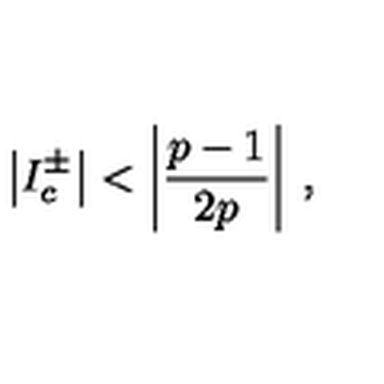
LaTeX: \left| I _ { c } ^ { \pm } \right| < \left| \displaystyle \frac { p - 1 } { 2 p } \right| \: ,